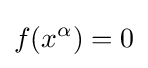
f(x^{\alpha })=0